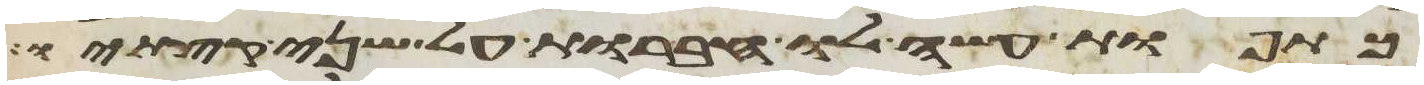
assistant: כתפות עשה לו חברות על שני קצתיו